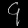
Digit: ၄